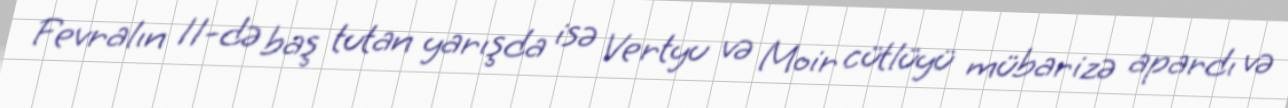
Fevralın 11-də baş tutan yarışda isə Vertyu və Moir cütlüyü mübarizə apardı və